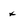
Character: x